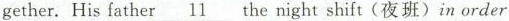
gether.His father \underline{1} thenight shift(夜班)in order